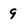
Character: 9